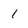
Character: 1